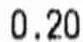
0.20